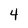
Character: 4